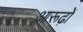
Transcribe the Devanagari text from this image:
आरूढ़ों